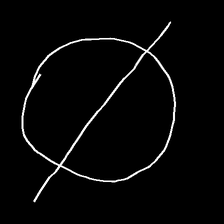
Glyph: orb